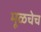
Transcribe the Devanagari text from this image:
मूळचेच